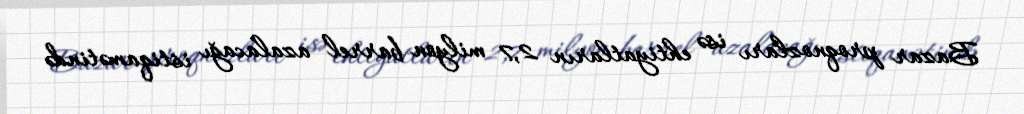
Bazar proqnozları isə ehtiyatların 2,7 milyon barrel azalacağı istiqamətində